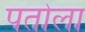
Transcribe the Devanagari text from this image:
पतोला